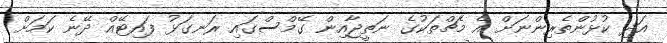
އަދި ކުޅުންތެރިންނަށް އެ މެޗްތަކުގެ ނަތީޖާއިން ގޭމްސްގައި ރަނގަޅު ފައިޓޭއް ދޭނެ ކަމަށް